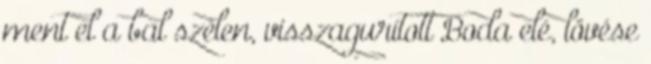
ment el a bal szélen, visszagurított Boda elé, lövése